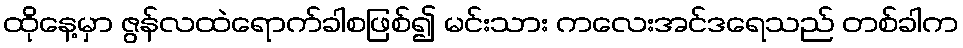
ထိုနေ့မှာ ဇွန်လထဲရောက်ခါစဖြစ်၍ မင်းသား ကလေးအင်ဒရေသည် တစ်ခါက